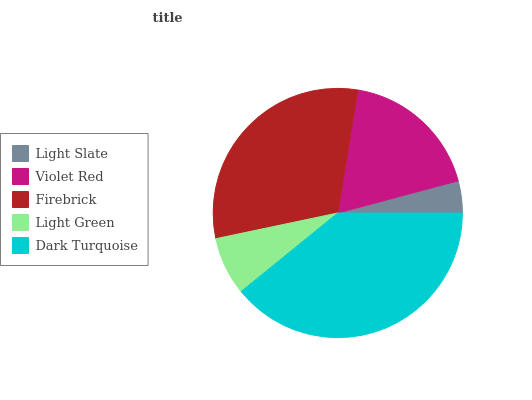
| Light Slate | Violet Red | Firebrick | Light Green | Dark Turquoise |
 | --- | --- | --- | --- | --- |
 | 4.15% | 18.3% | 30.9% | 7.54% | 39.1% |